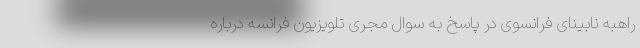
راهبه نابینای فرانسوی در پاسخ به سوال مجری تلویزیون فرانسه درباره